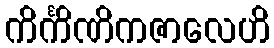
ကိင်္ကိဏိကဇာလေဟိ